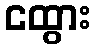
ငထွား